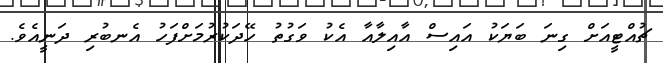
ޗުއްޓީއަށް ގިނަ ބަޔަކު އައިސް އާއިލާއާ އެކު ވަގުތު ހޭދަކުރުމަށްފަހު އެނބުރި ދަނީއެވެ.